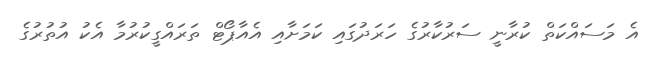
އެ މަސައްކަތް ކުރާނީ ސަރުކާރުގެ ހަރަދުގައި ކަމަށާއި އެއާޕޯޓް ތަރައްގީކުރުމާ އެކު އުތުރުގެ